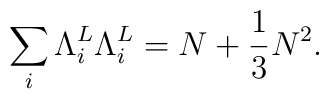
\sum_{i}{\Lambda}_i^L{\Lambda}_i^L=N+\frac{1}{3}N^2.